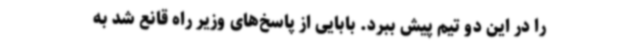
را در این دو تیم پیش ببرد. بابایی از پاسخ‌های وزیر راه قانع شد به